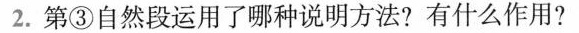
2.第③自然段运用了哪种说明方法?有什么作用?